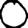
Digit: 0